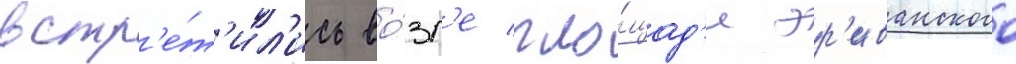
встр'е́т'ил'ись во́зл'е пло́щад'и эр'иванского